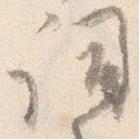
詞